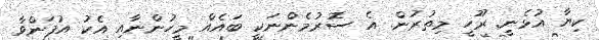
ކިޔާ އުޅެނީ